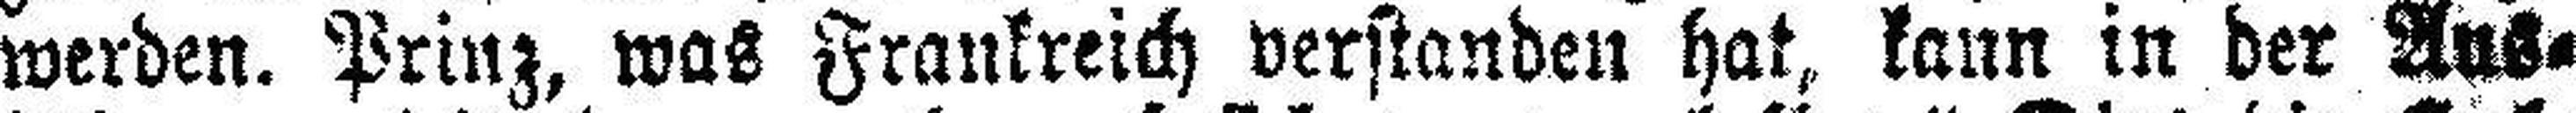
werden. Prinz, was Frankreich verstanden hat, kann in der Aus¬